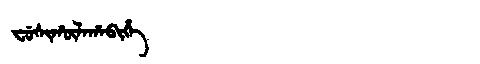
Manchu: ᠸᡠᠰᡳᡥᡡᠯᠠᡥᠠᠪᡳᡥᡝ
Romanization: FUSIHŪLAHABIHE